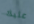
عليك